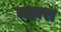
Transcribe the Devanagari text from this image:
महारा